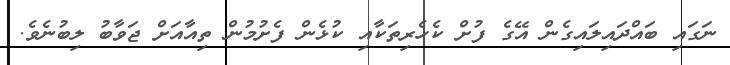
ނަގައި ބައްދައިލައިގެން އޭގެ ފުށް ކެހެރިތަކާއި ކުޅެން ފެށުމުން ތިއާއަށް ޖަވާބު ލިބުނެވެ.